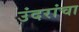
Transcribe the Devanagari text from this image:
उंदरांचा